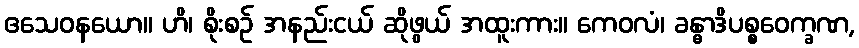
ဧသေဝနယော။ ဟိ၊ စိုးစဉ် အနည်းငယ် ဆိုဖွယ် အထူးကား။ ကေဝလံ၊ ခန္ဓာဒိပစ္စဝေက္ခဏ,